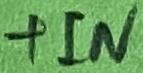
Text: +IN